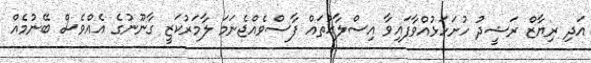
އަދި ރިޔާޒް ރަޝީދު ހުށަހަޅުއްވާފައިވާ އިސްލާޙުތައް ފާސްވެއްޖެނަމަ ލާމަރުކަޒީ ގާނޫނުގެ އެއްވެސް ބޭނުމެއް